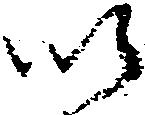
以